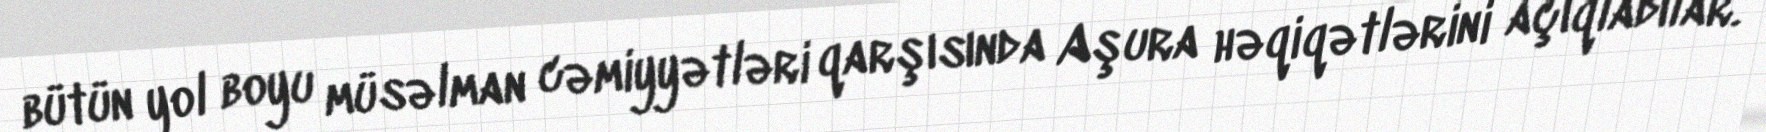
bütün yol boyu müsəlman cəmiyyətləri qarşısında Aşura həqiqətlərini açıqladılar.